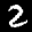
Label: 2